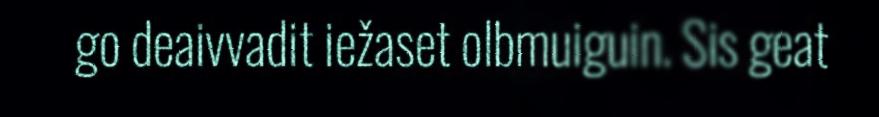
go deaivvadit iežaset olbmuiguin. Sis geat